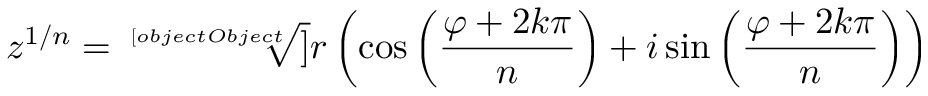
z ^ { 1 / n } = { \sqrt [ [object Object] ] { r } } \left( \cos \left( { \frac { \varphi + 2 k \pi } { n } } \right) + i \sin \left( { \frac { \varphi + 2 k \pi } { n } } \right) \right)